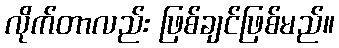
လိုက်တာလည်း ဖြစ်ချင်ဖြစ်မည်။